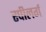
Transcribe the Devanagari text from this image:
स्पीलर्ग